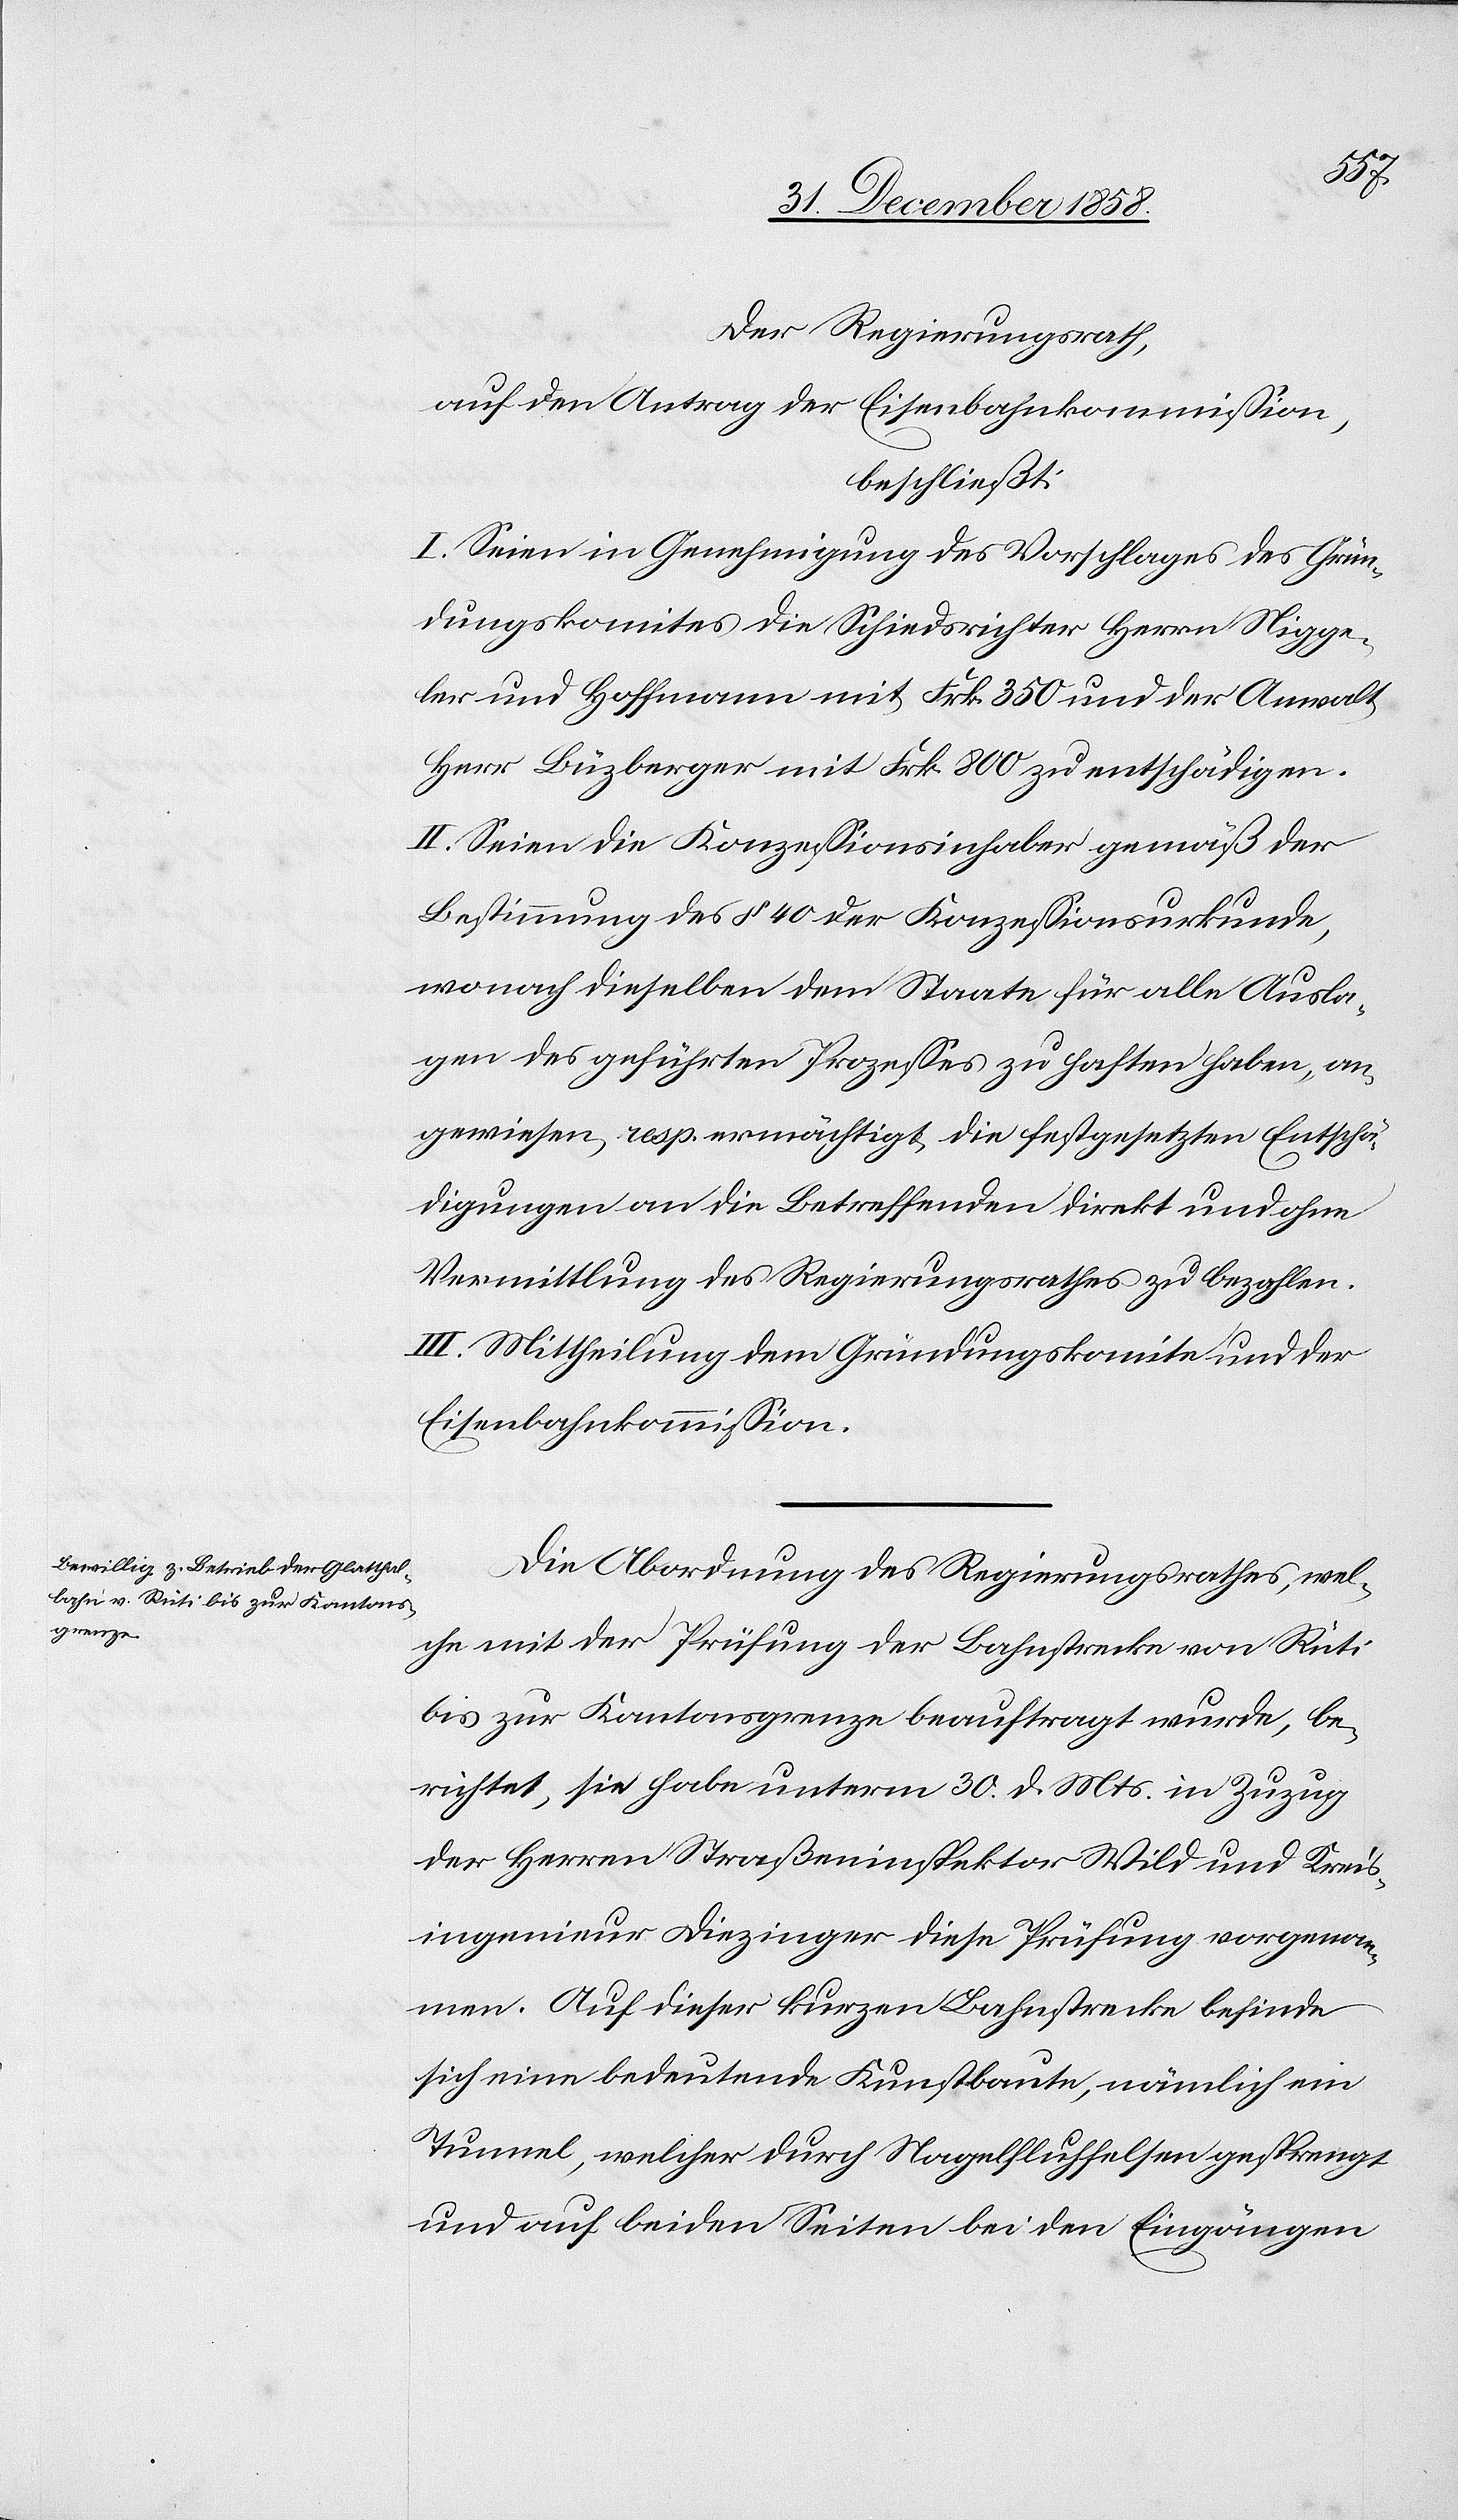
Der Regierungsrath,
auf den Antrag der Eisenbahnkommission,
beschließt:
I. Seien in Genehmigung des Vorschlages des Grün¬
dungskomites die Schiedsrichter Herrn Nigge¬
ler und Hoffmann mit Frk. 350 und der Anwalt
Herr Büzberger mit Frk. 800 zu entschädigen.
II. Seien die Konzessionsinhaber gemäß der
Bestimmung des § 40 der Konzessionsurkunde,
wonach dieselben dem Staate für alle Ausla¬
gen des geführten Prozesses zu haften haben, an¬
gewiesen, resp. ermächtigt, die festgesetzten Entschä¬
digungen an die Betreffenden direkt und ohne
Vermittlung des Regierungsrathes zu bezahlen.
III. Mittheilung dem Gründungskomite und der
Eisenbahnkommission.
Die Abordnung des Regierungsrathes, wel¬
che mit der Prüfung der Bahnstrecke von Rüti
bis zur Kantonsgrenze beauftragt wurde, be¬
richtet, sie habe unterm 30. d. Mts. in Zuzug
der Herren Straßeninspektor Wild und Kreis¬
ingenieur Diezinger diese Prüfung vorgenom¬
men. Auf dieser kurzen Bahnstrecke befinde
sich eine bedeutende Kunstbaute, nämlich ein
Tunnel, welcher durch Nagelfluhfelsen gesprengt
und auf beiden Seiten bei den Eingängen